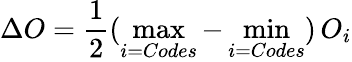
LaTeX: \Delta O=\frac{1}{2}(\operatorname*{max}_{i=Codes}-\operatorname*{min}_{i=Codes})\, O_{i}